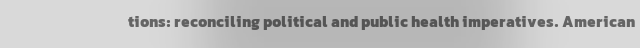
tions: reconciling political and public health imperatives. American